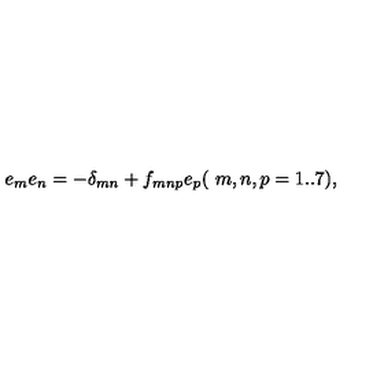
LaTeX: e _ { m } e _ { n } = - \delta _ { m n } + f _ { m n p } e _ { p } ( { \ m , n , p = 1 . . 7 } ) ,